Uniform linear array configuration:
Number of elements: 24
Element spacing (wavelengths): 1
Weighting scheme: blackman
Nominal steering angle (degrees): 60
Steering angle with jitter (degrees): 61.7
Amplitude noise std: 0.05
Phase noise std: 0.05

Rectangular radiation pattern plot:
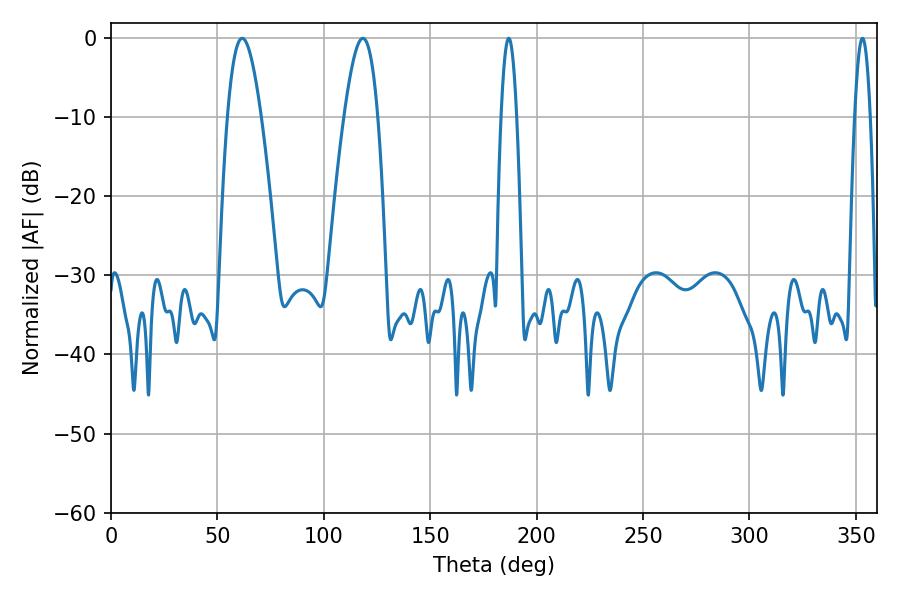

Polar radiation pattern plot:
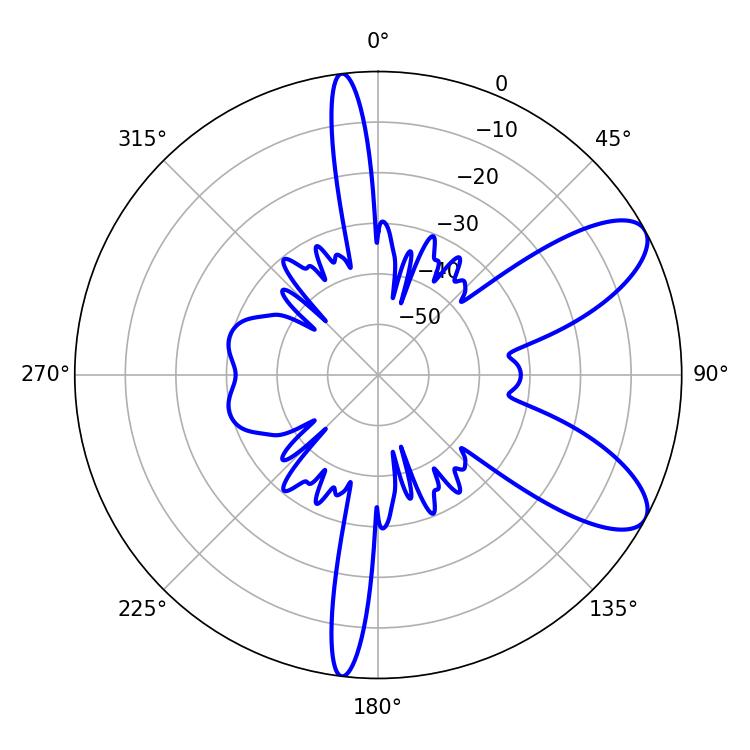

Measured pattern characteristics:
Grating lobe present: TRUE
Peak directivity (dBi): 8.71
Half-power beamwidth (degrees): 8.64
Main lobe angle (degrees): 61.56